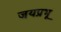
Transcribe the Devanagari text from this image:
जयप्रभू